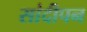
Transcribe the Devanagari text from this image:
सांदीपन